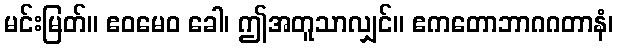
မင်းမြတ်။ ဧဝမေဝ ခေါ၊ ဤအတူသာလျှင်။ ဧကတောဘာဂဂတာနံ၊